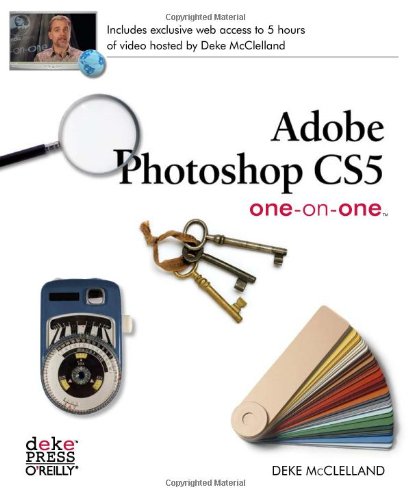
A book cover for Adobe Photoshop CS5 One-on-One; Deke McClelland; Computers & Technology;